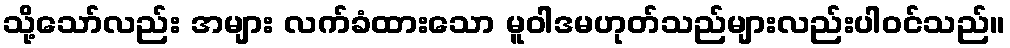
သို့သော်လည်း အများ လက်ခံထားသော မူဝါဒမဟုတ်သည်များလည်းပါဝင်သည်။